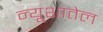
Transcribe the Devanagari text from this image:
न्यूशातेल